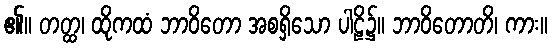
၏။ တတ္ထ၊ ထိုကထံ ဘာဝိတော အစရှိသော ပါဠိ၌။ ဘာဝိတောတိ၊ ကား။